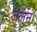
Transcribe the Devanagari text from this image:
जलून